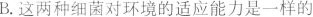
B.这两种细菌对环境的适应能力是一样的